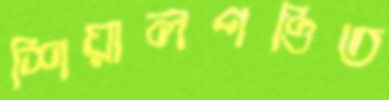
শিয়ালপণ্ডিত